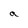
Character: a